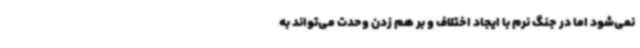
نمی‌شود اما در جنگ نرم با ایجاد اختلاف و بر هم زدن وحدت می‌تواند به